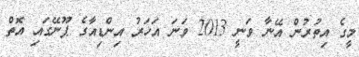
މީގެ އިތުރުން އޭނާ ވަނީ 2013 ވަނަ އަހަރު އިންޑިއާގެ ޕޫނޭގައި އޮތް